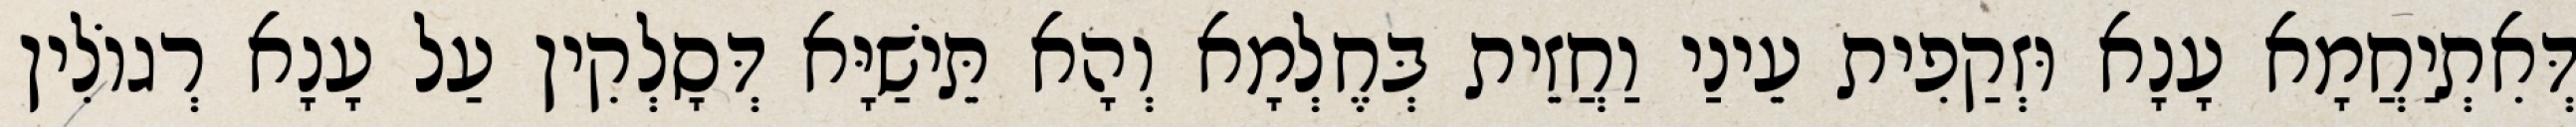
דְּאִתְיַחֲמָא עָנָא וּזְקַפִית עֵינַי וַחֲזֵית בְּחֶלְמָא וְהָא תֵּישַׁיָּא דְּסָלְקִין עַל עָנָא רְגוֹלִין